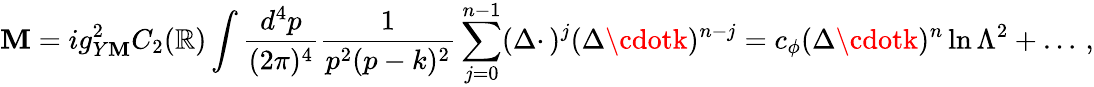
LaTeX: {\cal\mathbf{M}}=ig_{Y\mathbf{M}}^{2}C_{2}(\mathbb{R})\int{\frac{{d^{4}p}}{{(2\pi)^{4}}}}{\frac{{1}}{{p^{2}(p-k)^{2}}}}\sum_{j=0}^{n-1}(\Delta\cdotp)^{j}(\Delta\cdotk)^{n-j}=c_{\phi}(\Delta\cdotk)^{n}\ln\Lambda^{2}+\ldots\, ,